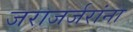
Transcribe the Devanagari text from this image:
जराजर्जरांना